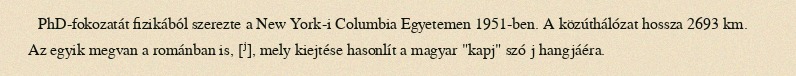
PhD-fokozatát fizikából szerezte a New York-i Columbia Egyetemen 1951-ben. A közúthálózat hossza 2693 km. Az egyik megvan a románban is, [ʲ], mely kiejtése hasonlít a magyar "kapj" szó j hangjáéra.